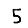
Digit: 5